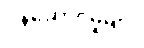
ဝန်ဆောင်မှုများ